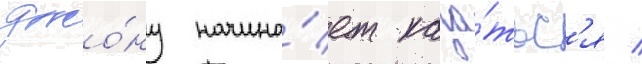
джо́ну начина́ет каза́тьс'я /